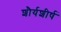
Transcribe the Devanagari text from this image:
शौर्यशीर्ष